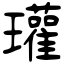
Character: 瓘